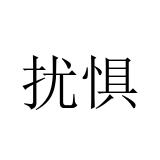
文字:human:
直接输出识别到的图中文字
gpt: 扰惧